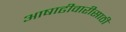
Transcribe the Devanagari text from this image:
आषाढीवारीसाठी